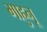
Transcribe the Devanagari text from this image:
माहुनू